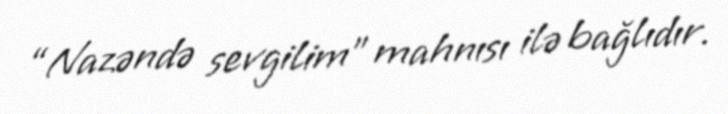
“Nazəndə sevgilim” mahnısı ilə bağlıdır.